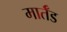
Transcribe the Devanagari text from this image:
मार्तँड